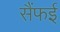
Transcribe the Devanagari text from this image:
सैंफई